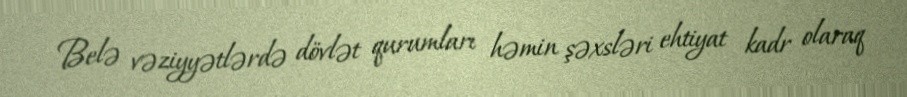
Belə vəziyyətlərdə dövlət qurumları həmin şəxsləri ehtiyat kadr olaraq